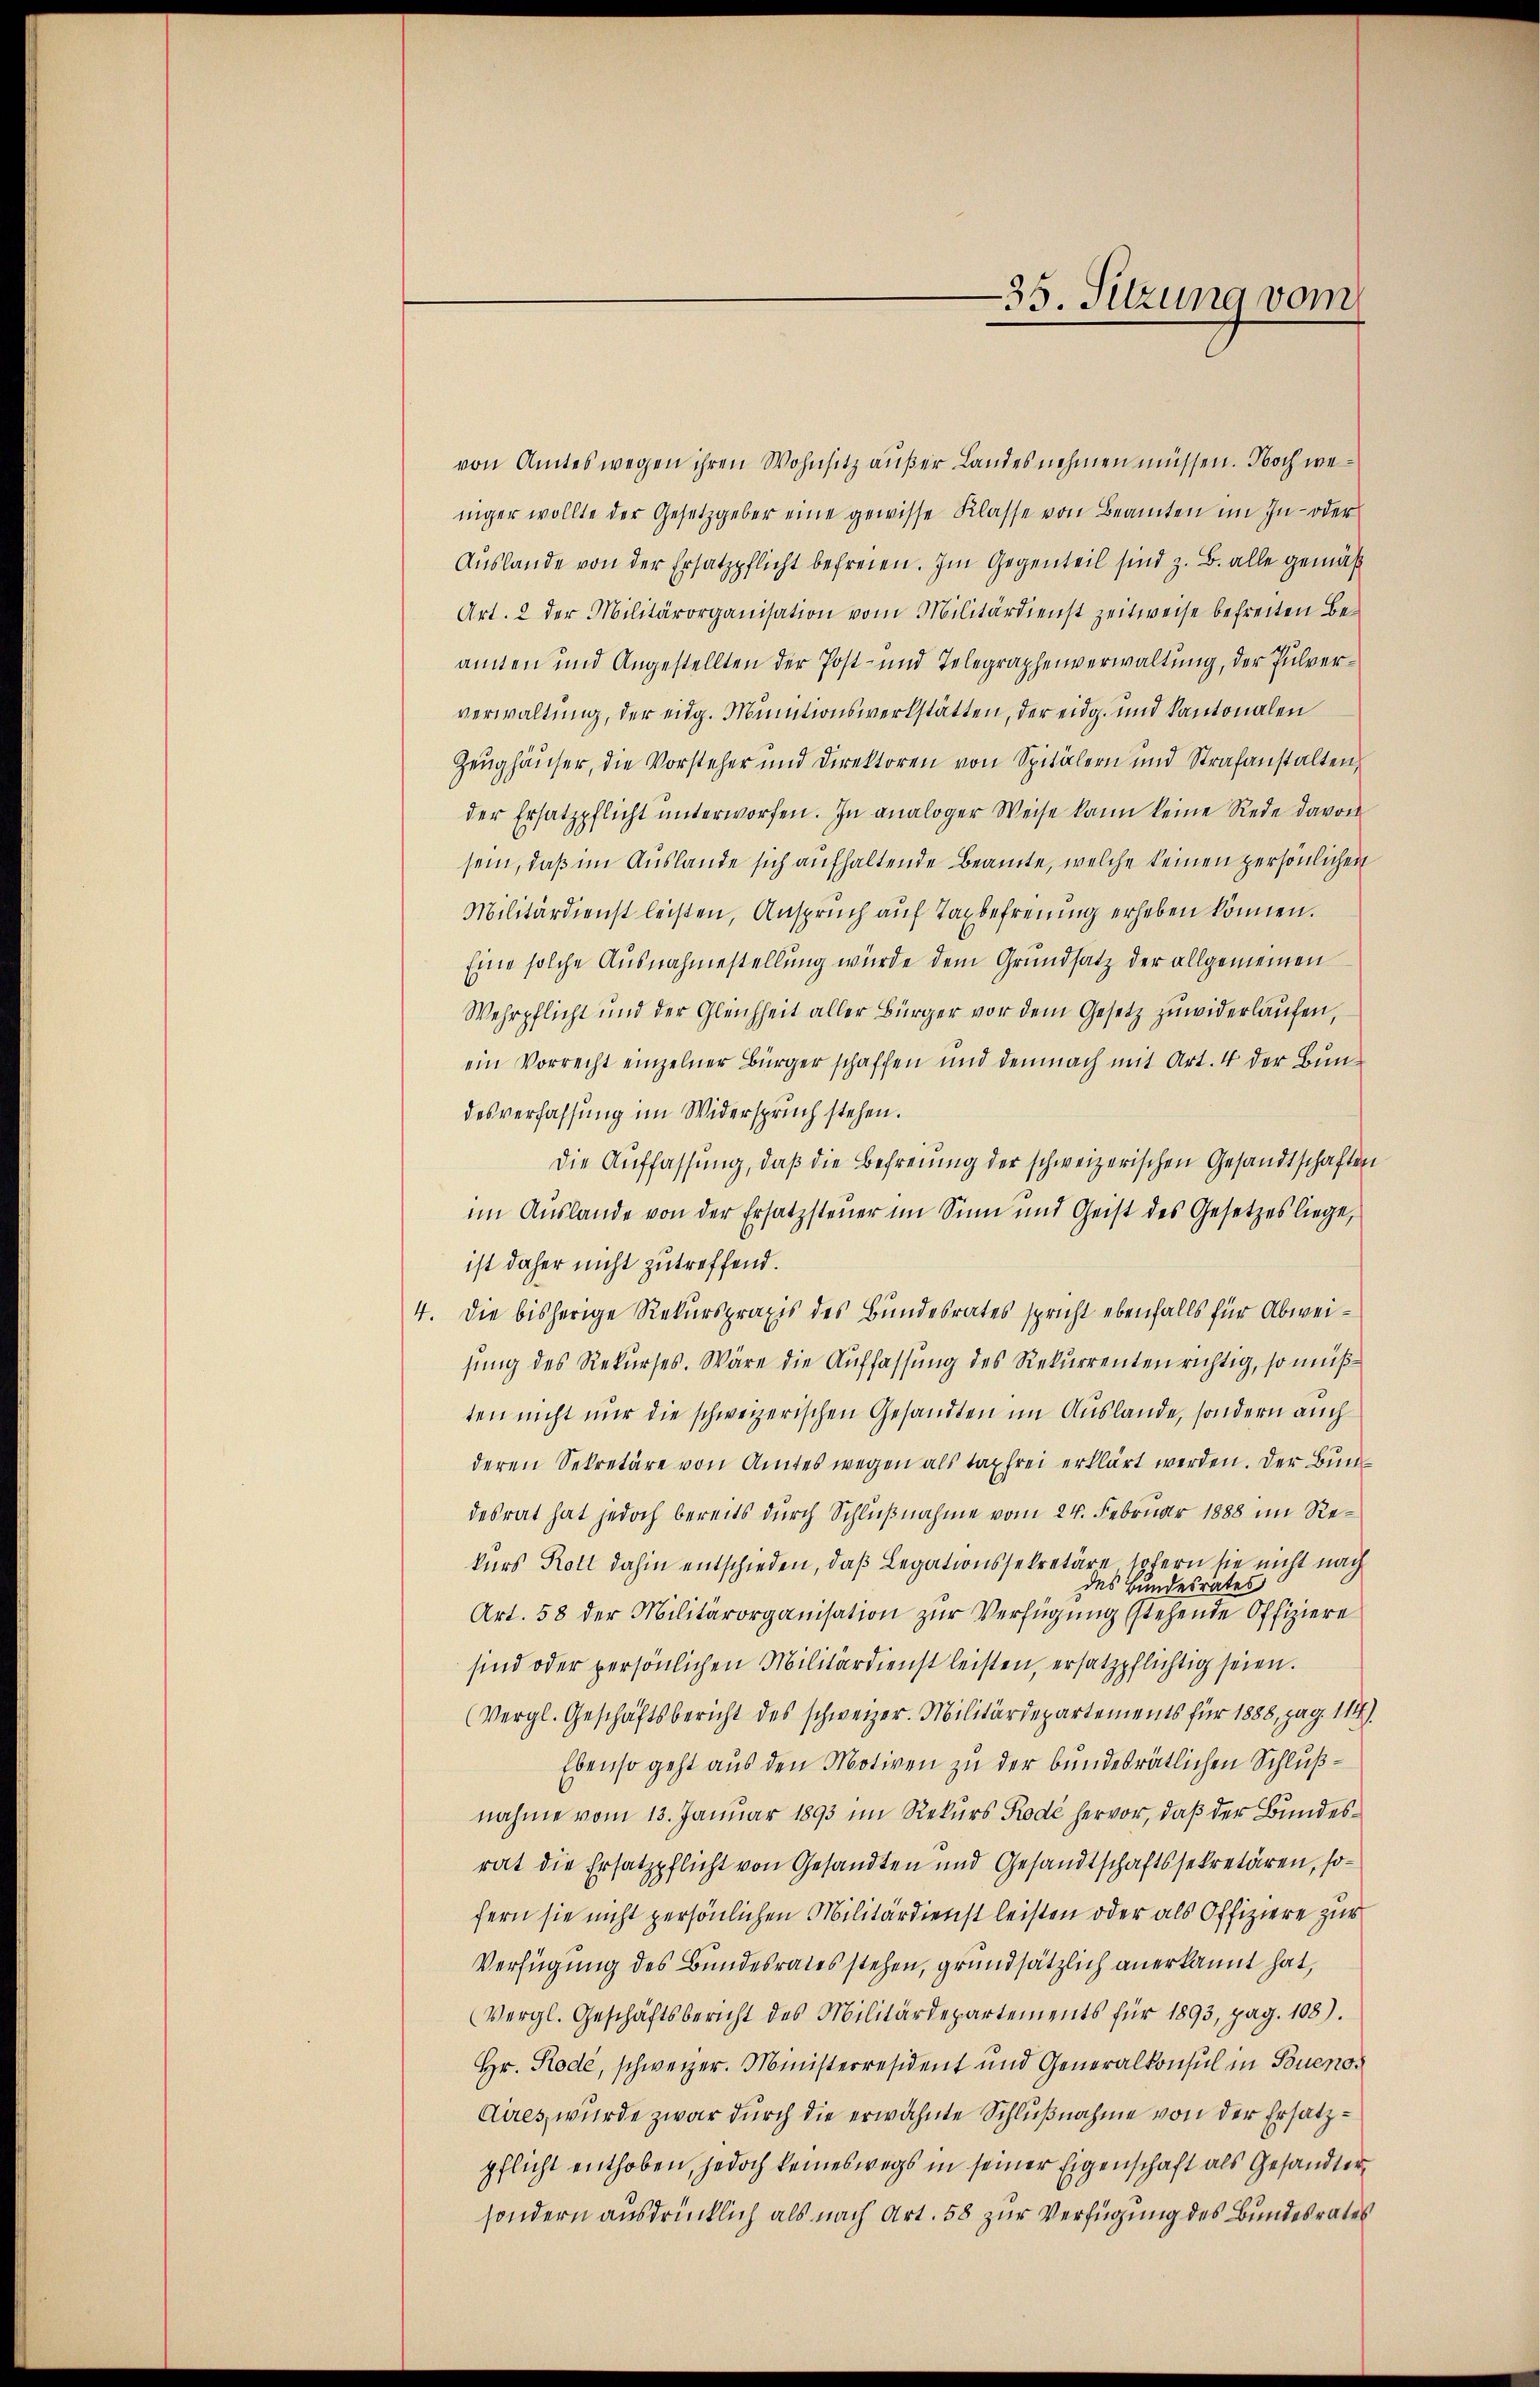
—35. Sitzung vom

von Amtes wegen ihren Wohnsitz außer Landes nehmen müssen. Noch weniger wollte der Gesetzgeber eine gewisse Klasse von Beamten im In- oder
Auslande von der Ersatzpflicht befreien. Im Gegenteil sind z. B. alle gemäß
Art. 2 der Militärorganisation vom Militärdienst zeitweise befreiten be-
amten und Angestellten der Post- und Telegraphenverwaltung, der Pulververwaltung, der eidg. Munitionswerkstätten, der eidg. und kantonalen
Zeughäuser, die Vorsteher und Direktoren von Spitälern und Strafanstalten,
der Ersatzpflicht ŭnterworfen. In analoger Weise kann keine Rede davon
sein, daß im Auslande sich aufhaltende Beamte, welche keinen persönlichen
Militärdienst leisten, Anspruch auf Taxbefreiung erheben können.
Eine solche Ausnahmestellung wurde dem Grundsatz der allgemeinen
Wehrpflicht und der Gleichheit aller Bürger vor dem Gesetz zuwiderlaufen
ein Vorrecht einzelner Bürger schaffen und demnach mit Art. 4 der Bundesverfassung im Widerspruch stehen.
die Auffassung, daβ die Befreiung der schweizerischen Gesandtschaften
im Auslande von der Ersatzsteuer im Sinn und Geist des Gesetzes liege,
ist daher nicht zutreffend.
4. Die bisherige Rekurspraxis des Bundesrates spricht ebenfalls für Abweisung des Rekurses. Wäre die Auffassung des Rekurrenten richtig, so müß
ten nicht nur die schweizerischen Gesandten im Auslande, sondern auch
deren Sekretäre von Amtes wegen als taxfrei erklärt werden. Der Bundesrat hat jedoch bereits durch Schlußnahme vom 24. Februar 1888 im Rekurs Rott dahin entschieden, daß Legationssekretäre sofern sie nicht nach
des Bundesrates
Art. 58 der Militärorganisation zur Verfügung stehende Offiziere
sind oder persönlichen Militärdienst leisten, ersatzpflichtig seien.
(Vergl. Geschäftsbericht des schweizer. Militärdepartements für 1888, pag. 114).
Ebenso geht aus den Motiven zu der bundesrätlichen Schlußnahme vom 13. Januar 1893 im Rekurs Rodé hervor, daß der Bundesrat die Ersatzpflicht von Gesandten und Gesandtschaftssekretären, sofern sie nicht persönlichen Militärdienst leisten oder als Offiziere zur
Verfügung des Bundesrates stehen, grundsätzlich anerkannt hat,
(Vergl. Geschäftsbericht des Militärdepartements für 1893, pag. 108).
Hr. Rode, schweizer. Ministerresident und Generalkonsul in Buenos
Aires, wurde zwar durch die erwähnte Schlußnahme von der Ersatzpflicht enthoben, jedoch keineswegs in seiner Eigenschaft als Gesandtersondern ausdrücklich als nach Art. 58 zur Verfügung des Bundesrates